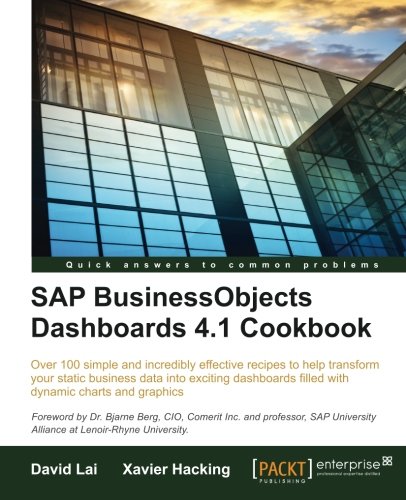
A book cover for SAP BusinessObjects Dashboards 4.1 Cookbook; David Lai; Computers & Technology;